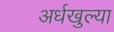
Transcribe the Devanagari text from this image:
अर्धखुल्या